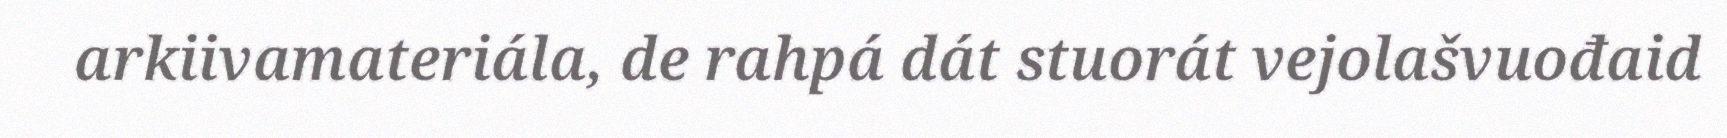
arkiivamateriála, de rahpá dát stuorát vejolašvuođaid